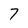
Character: 7